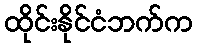
ထိုင်းနိုင်ငံဘက်က